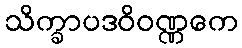
သိက္ခာပဒဝိဝဏ္ဏကေ